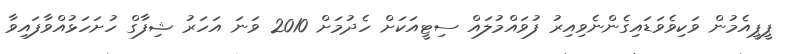
ޕީޕީއެމުން ވަކިވެވަޑައިގެންނެވިއިރު ފުވައްމުލައް ސިޓީއަކަށް ހެދުމަށް 2010 ވަނަ އަހަރު ޝިފާގް ހުށަހަޅުއްވާފައިވާ